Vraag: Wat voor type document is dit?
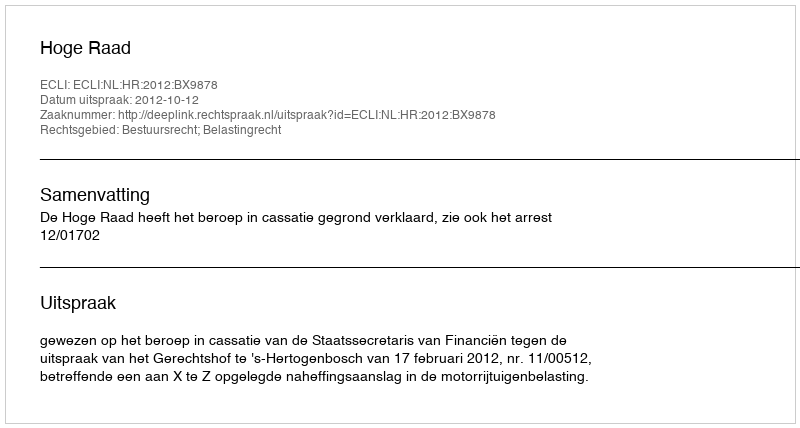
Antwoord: Uitspraak